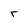
Character: r